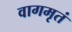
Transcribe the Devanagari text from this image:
वागमृतं